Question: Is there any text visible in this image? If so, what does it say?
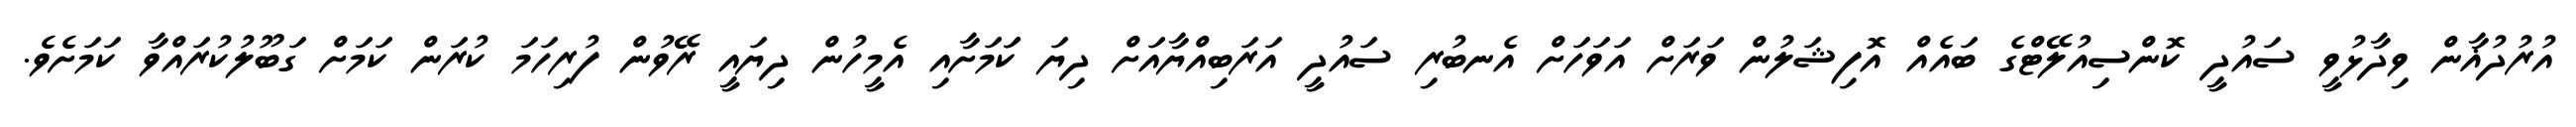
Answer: އުރުދުޣާން ވިދާޅުވީ ސައުދީ ކޮންސިއުލޭޓްގެ ބައެއް އޮފިޝަލުން ވަރަށް އަވަހަށް އެނބުރި ސައުދީ އަރަބިއްޔާއަށް ދިޔަ ކަަމަށާއި އެމީހުން ދިޔައީ ރޭވުން ފުރިހަމަ ކުރަން ކަމަށް ގަބޫލުކުރައްވާ ކަމަށެވެ.